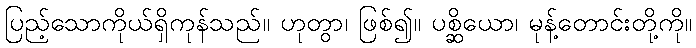
ပြည့်သောကိုယ်ရှိကုန်သည်။ ဟုတွာ၊ ဖြစ်၍။ ပစ္ဆိယော၊ မုန့်တောင်းတို့ကို။